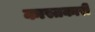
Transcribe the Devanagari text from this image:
कास्तकारी